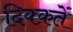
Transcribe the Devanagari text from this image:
दिक्क़तें